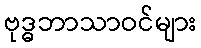
ဗုဒ္ဓဘာသာဝင်များ